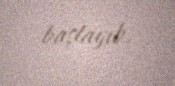
başlayıb.